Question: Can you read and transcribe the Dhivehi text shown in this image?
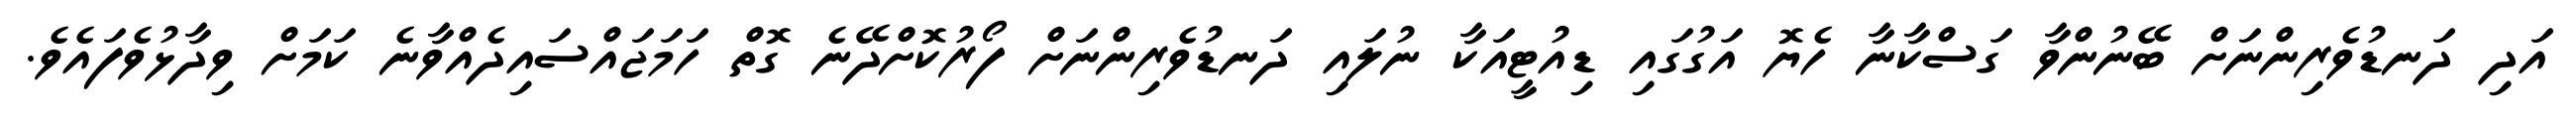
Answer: އަދި ދަނޑުވެރިންނަށް ބޭނުންވާ ގަސްކާނާ ހެޔޮ އަގުގައި ޑިއުޓީއަކާ ނުލައި ދަނޑުވެރިންނަށް ފޯރުކޮށްދޭނެ ގޮތް ހަމަޖައްސައިދެއްވާނެ ކަމަށް ވިދާޅުވެފައެވެ.